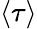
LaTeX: \left\langle\tau\right\rangle